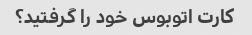
کارت اتوبوس خود را گرفتید؟